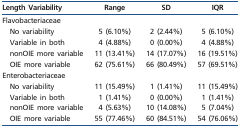
<table><thead><tr><td><b>Length Variability</b></td><td><b>Range</b></td><td><b>SD</b></td><td><b>IQR</b></td></tr></thead><tbody><tr><td>Flavobacteriaceae</td><td></td><td></td><td></td></tr><tr><td>No variability</td><td>5 (6.10%)</td><td>2 (2.44%)</td><td>5 (6.10%)</td></tr><tr><td>Variable in both</td><td>4 (4.88%)</td><td>0 (0.00%)</td><td>4 (4.88%)</td></tr><tr><td>nonOIE more variable</td><td>11 (13.41%)</td><td>14 (17.07%)</td><td>16 (19.51%)</td></tr><tr><td>OIE more variable</td><td>62 (75.61%)</td><td>66 (80.49%)</td><td>57 (69.51%)</td></tr><tr><td>Enterobacteriaceae</td><td></td><td></td><td></td></tr><tr><td>No variability</td><td>11 (15.49%)</td><td>1 (1.41%)</td><td>11 (15.49%)</td></tr><tr><td>Variable in both</td><td>1 (1.41%)</td><td>0 (0.00%)</td><td>1 (1.41%)</td></tr><tr><td>nonOIE more variable</td><td>4 (5.63%)</td><td>10 (14.08%)</td><td>5 (7.04%)</td></tr><tr><td>OIE more variable</td><td>55 (77.46%)</td><td>60 (84.51%)</td><td>54 (76.06%)</td></tr></tbody></table>